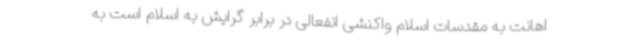
اهانت به مقدسات اسلام واکنشی انفعالی در برابر گرایش به اسلام است به